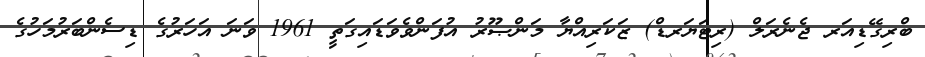
ބްރިގޭޑިއަރ ޖެނެރަލް (ރިޓަޔަރޑް) ޒަކަރިއްޔާ މަންޞޫރު އުފަންވެވަޑައިގަތީ 1961 ވަނަ އަހަރުގެ ޑިސެންބަރުމަހުގެ